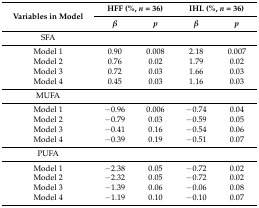
| <ROWSPAN=2> Variables in Model | <COLSPAN=2> HFF (%, n = 36) | <COLSPAN=2> IHL (%, n = 36) |
 | β | p | β | p |
 | --- | --- | --- | --- | --- |
 | SFA |  |  |  |  |
 | Model 1 | 0.90 | 0.008 | 2.18 | 0.007 |
 | Model 2 | 0.76 | 0.02 | 1.79 | 0.02 |
 | Model 3 | 0.72 | 0.03 | 1.66 | 0.03 |
 | Model 4 | 0.45 | 0.03 | 1.16 | 0.03 |
 | MUFA |  |  |  |  |
 | Model 1 | −0.96 | 0.006 | −0.74 | 0.04 |
 | Model 2 | −0.79 | 0.03 | −0.59 | 0.05 |
 | Model 3 | −0.41 | 0.16 | −0.54 | 0.06 |
 | Model 4 | −0.39 | 0.19 | −0.51 | 0.07 |
 | PUFA |  |  |  |  |
 | Model 1 | −2.38 | 0.05 | −0.72 | 0.02 |
 | Model 2 | −2.32 | 0.05 | −0.72 | 0.02 |
 | Model 3 | −1.39 | 0.06 | −0.06 | 0.08 |
 | Model 4 | −1.19 | 0.10 | −0.10 | 0.07 |